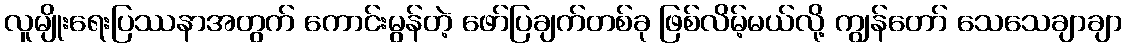
လူမျိုးရေးပြဿနာအတွက် ကောင်းမွန်တဲ့ ဖော်ပြချက်တစ်ခု ဖြစ်လိမ့်မယ်လို့ ကျွန်တော် သေသေချာချာ